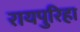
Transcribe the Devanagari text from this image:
रायपुरिहा